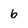
Character: b